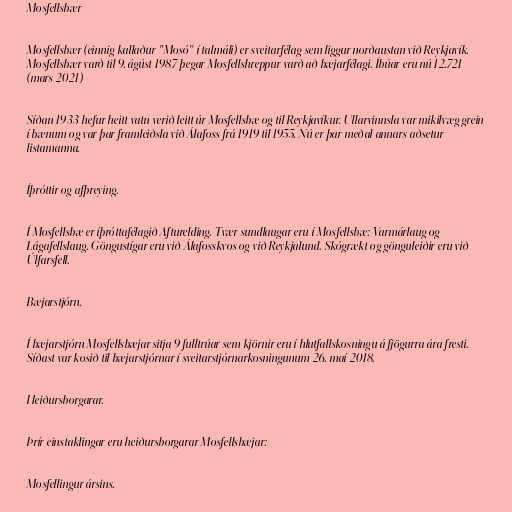
Mosfellsbær

Mosfellsbær (einnig kallaður "Mosó" í talmáli) er sveitarfélag sem liggur norðaustan við Reykjavík.
Mosfellsbær varð til 9. ágúst 1987 þegar Mosfellshreppur varð að bæjarfélagi. Íbúar eru nú 12.721
(mars 2021)

Síðan 1933 hefur heitt vatn verið leitt úr Mosfellsbæ og til Reykjavíkur. Ullarvinnsla var mikilvæg grein
í bænum og var þar framleiðsla við Álafoss frá 1919 til 1955. Nú er þar meðal annars aðsetur
listamanna.

Íþróttir og afþreying.

Í Mosfellsbæ er íþróttafélagið Afturelding. Tvær sundlaugar eru í Mosfellsbæ: Varmárlaug og
Lágafellslaug. Göngustígar eru við Álafosskvos og við Reykjalund. Skógrækt og gönguleiðir eru við
Úlfarsfell.

Bæjarstjórn.

Í bæjarstjórn Mosfellsbæjar sitja 9 fulltrúar sem kjörnir eru í hlutfallskosningu á fjögurra ára fresti.
Síðast var kosið til bæjarstjórnar í sveitarstjórnarkosningunum 26. maí 2018.

Heiðursborgarar.

Þrír einstaklingar eru heiðursborgarar Mosfellsbæjar:

Mosfellingur ársins.